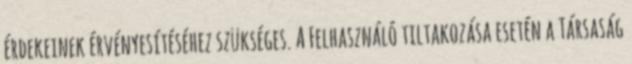
érdekeinek érvényesítéséhez szükséges. A Felhasználó tiltakozása esetén a Társaság